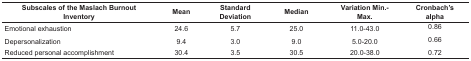
<table><thead><tr><td><b>Subscales of the Maslach BurnoutInventory</b></td><td><b>Mean</b></td><td><b>Standard Deviation</b></td><td><b>Median</b></td><td><b>Variation Min.-Max.</b></td><td><b>Cronbach’s alpha</b></td></tr></thead><tbody><tr><td> Emotional exhaustion</td><td> 24.6</td><td> 5.7</td><td> 25.0</td><td> 11.0-43.0</td><td> 0.86</td></tr><tr><td> Depersonalization</td><td> 9.4</td><td> 3.0</td><td> 9.0</td><td> 5.0-20.0</td><td> 0.66</td></tr><tr><td> Reduced personal accomplishment</td><td> 30.4</td><td> 3.5</td><td> 30.5</td><td> 20.0-38.0</td><td> 0.72</td></tr></tbody></table>